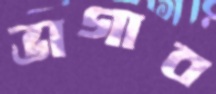
ভাগাব